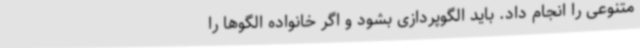
متنوعی را انجام داد. باید الگوپردازی بشود و اگر خانواده الگوها را